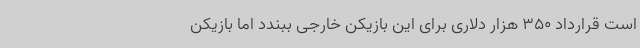
است قرارداد 350 هزار دلاری برای این بازیکن خارجی ببندد اما بازیکن